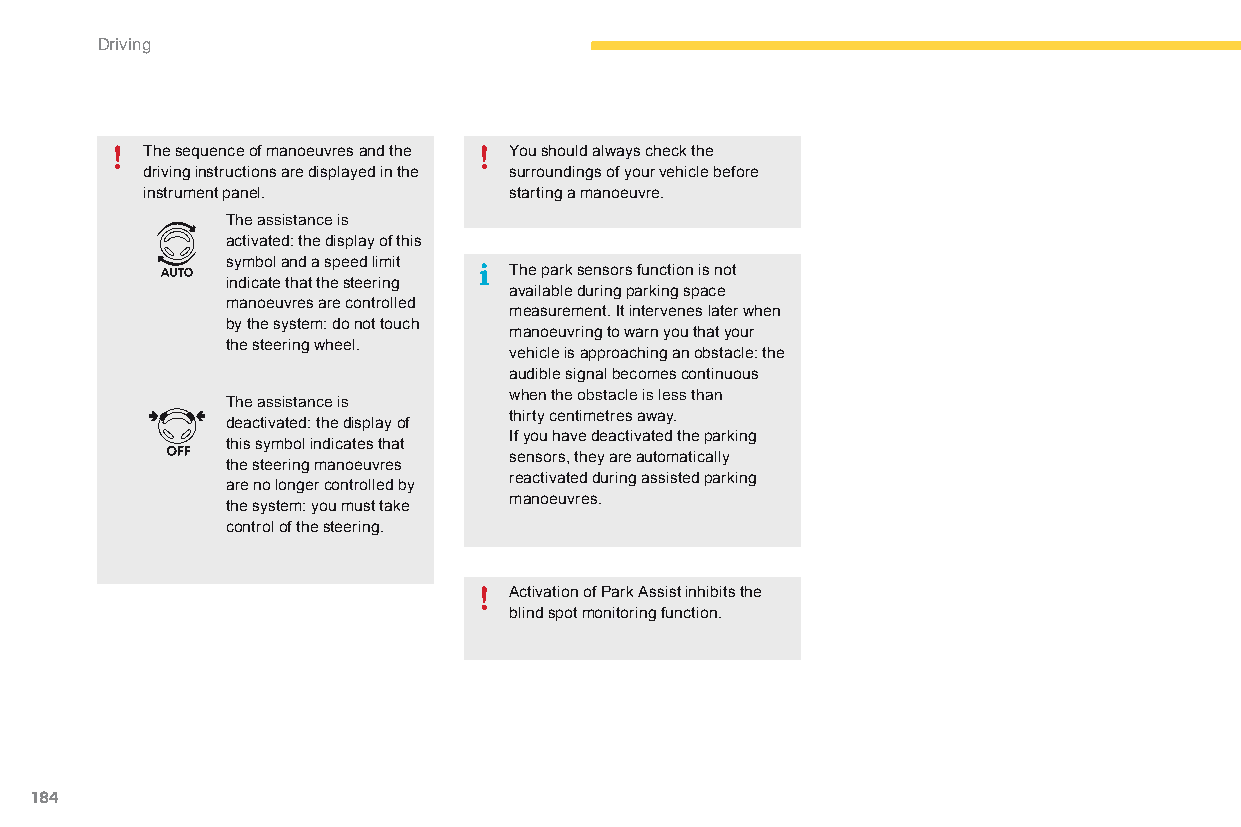
Driving
 The sequence of manoeuvres and the You should always check the
 driving instructions are displayed in the surroundings of your vehicle before
 instrument panel.        starting a manoeuvre.
 The assistance is
 activated: the display of this
 symbol and a speed limit
 The park sensors function is not
 indicate that the steering
 available during parking space
 manoeuvres are controlled
 measurement. It intervenes later when
 by the system: do not touch
 manoeuvring to warn you that your
 the steering wheel.
 vehicle is approaching an obstacle: the
 audible signal becomes continuous
 when the obstacle is less than
 The assistance is
 thirty centimetres away.
 deactivated: the display of
 If you have deactivated the parking
 this symbol indicates that
 sensors, they are automatically
 the steering manoeuvres
 reactivated during assisted parking
 are no longer controlled by
 manoeuvres.
 the system: you must take
 control of the steering.
 Activation of Park Assist inhibits the
 blind spot monitoring function.
 184
 C4-Picasso-II_en_Chap04_conduite_ed01-2015